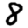
Digit: 8